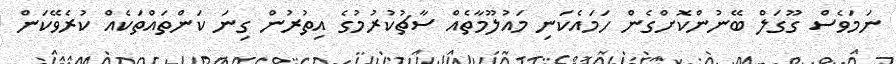
ނަމަވެސް ގޫގަލް ބޭނުންކޮށްގެން ހަމައެކަނި މައުލޫމާތެއް ސާޗުކުރުމުގެ އިތުރުން ގިނަ ކަންތައްތަކެއް ކުރެވޭކަން